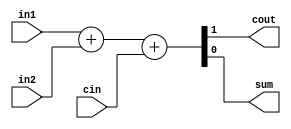
module FULL_ADDER_1BIT (in1, in2, cin, cout, sum);
    input in1, in2, cin;
    output cout, sum;

    assign {cout, sum} = (in1 + in2 + cin);
endmodule

module FULL_ADDER_32BIT (in1, in2, cin, cout, sum);
    input [31: 0] in1, in2;
    input cin;

    output [31: 0] sum;
    output cout;

    wire [32: 0] carry;

    assign carry[0] = cin;

    genvar j;
    generate for (j = 0; j < 32; j = j + 1) begin: FULL_ADDER_LOOP
        FULL_ADDER_1BIT FAj(in1[j], in2[j], carry[j], carry[j + 1], sum[j]);
    end

    assign cout = carry[32];
    endgenerate
endmodule

// module TESTBENCH;
//     reg [31: 0] in1, in2;
//     reg cin;

//     wire [31: 0] sum;
//     wire cout;

//     FULL_ADDER_32BIT FA(in1, in2, cin, cout, sum);

//     initial begin
//         $monitor ($time, "IN1 = %d IN2 = %d CIN = %b SUM = %d COUT = %b\n", in1, in2, cin, sum, cout);
//         in1 = 32'd100; in2 = 32'd100; cin = 1'b0;
//         #100 in1 = 32'd50; in2 =32'd45; cin = 1'b0;
//         #100 $finish;
//     end
// endmodule